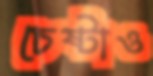
চেষ্টাও